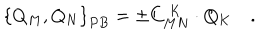
\left\{ Q _ { M } , Q _ { N } \right\} _ { P B } = \pm C _ { M N } ^ { \; K } \cdot Q _ { K } \quad .